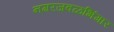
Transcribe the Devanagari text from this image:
नगरजवळभिंगार